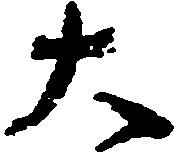
大